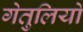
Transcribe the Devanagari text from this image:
गेतुलियो